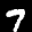
Label: 7